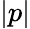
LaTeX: |p|